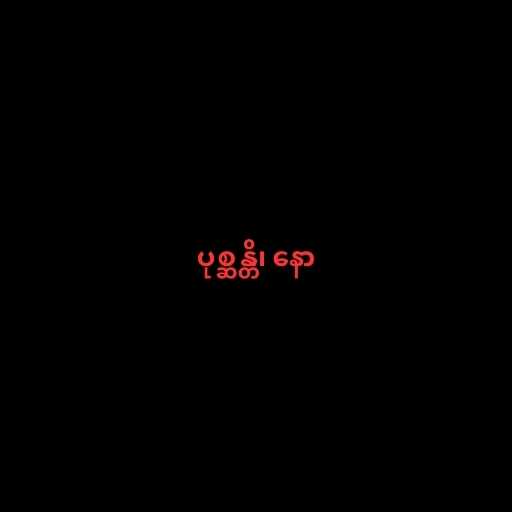
ပုစ္ဆန္တိ၊ နော